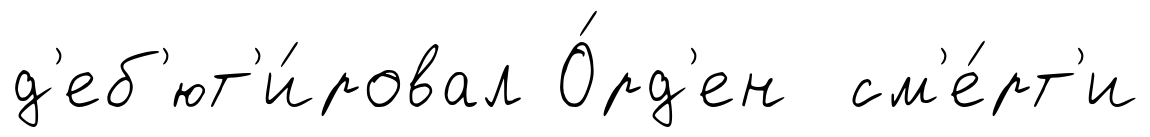
д'еб'ют'и́ровал О́рд'ен см'е́рт'и